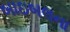
બાઇબલના